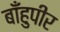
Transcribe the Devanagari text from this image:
बाँहुपीर